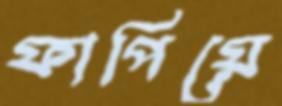
ফাপিয়ে